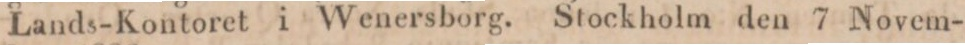
Lands-Kontoret i Wenersborg. Stockholm den 7 Novem-